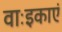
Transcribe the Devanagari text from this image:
वाःइकाएं